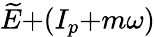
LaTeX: \widetilde{E}{+}(I_{p}{+}m\omega)